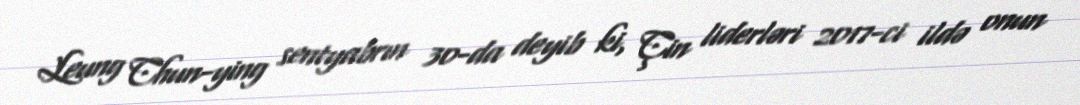
Leung Chun-ying sentyabrın 30-da deyib ki, Çin liderləri 2017-ci ildə onun